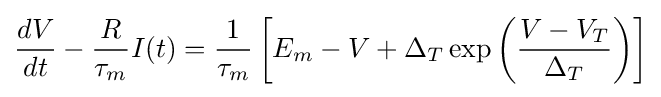
{\frac {dV}{dt}}-{\frac {R}{\tau _{m}}}I(t)={\frac {1}{\tau _{m}}}\left[E_{m}-V+\Delta _{T}\exp \left({\frac {V-V_{T}}{\Delta _{T}}}\right)\right]